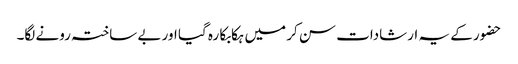
حضور کے یہ ارشادات سن کر میں ہکابکا رہ گیا اور بے ساختہ رونے لگا۔